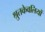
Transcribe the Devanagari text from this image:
श्रुतकेवलियों